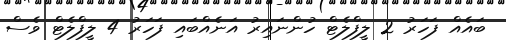
ބައެއް ފަހަރު 2 ލީފްލެޓް ހުންނައިރު އަނެއްބައި ފަހަރު 4 ލީފްލެޓް ވެސް